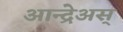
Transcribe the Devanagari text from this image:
आन्द्रेअस्